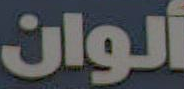
ألوان